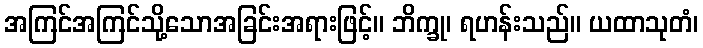
အကြင်အကြင်သို့သောအခြင်းအရားဖြင့်။ ဘိက္ခု၊ ရဟန်းသည်။ ယထာသုတံ၊